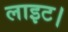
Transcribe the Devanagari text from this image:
लाइट।